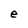
Character: e